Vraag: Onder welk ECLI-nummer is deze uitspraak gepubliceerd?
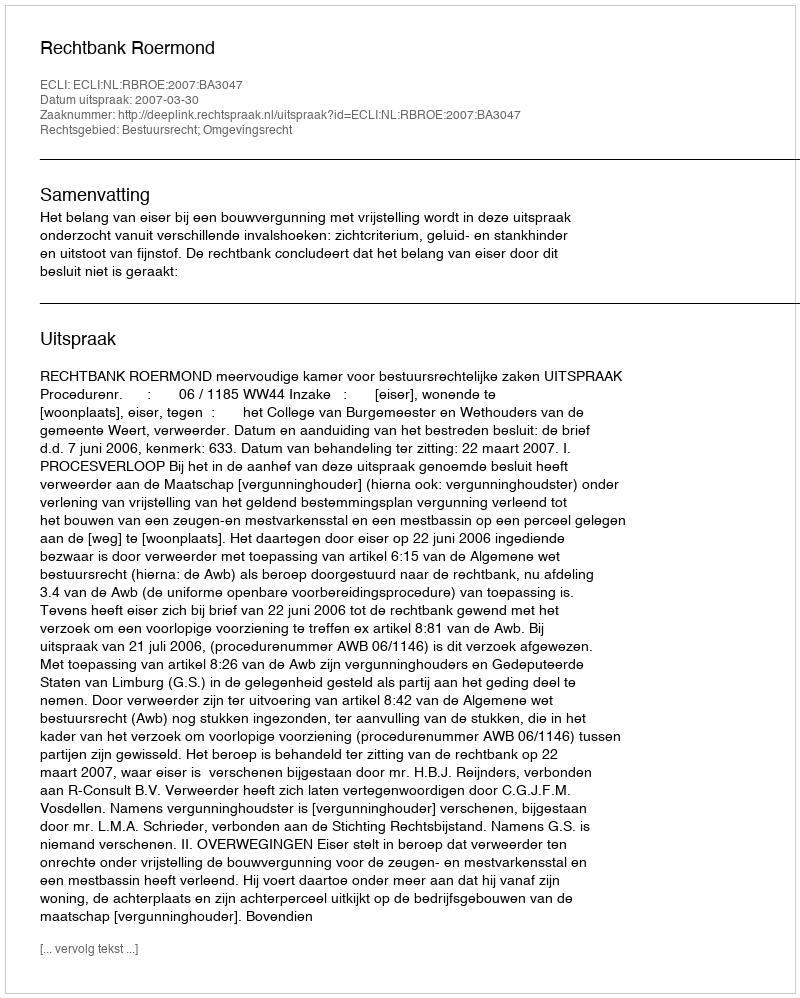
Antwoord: ECLI:NL:RBROE:2007:BA3047